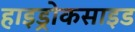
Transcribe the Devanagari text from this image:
हाइड्रोकसाइड